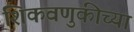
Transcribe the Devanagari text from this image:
शिकवणुकीच्‍या